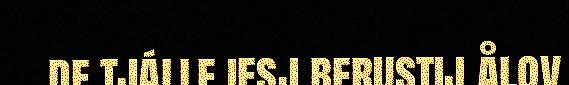
de tjálle iesj berustij ålov